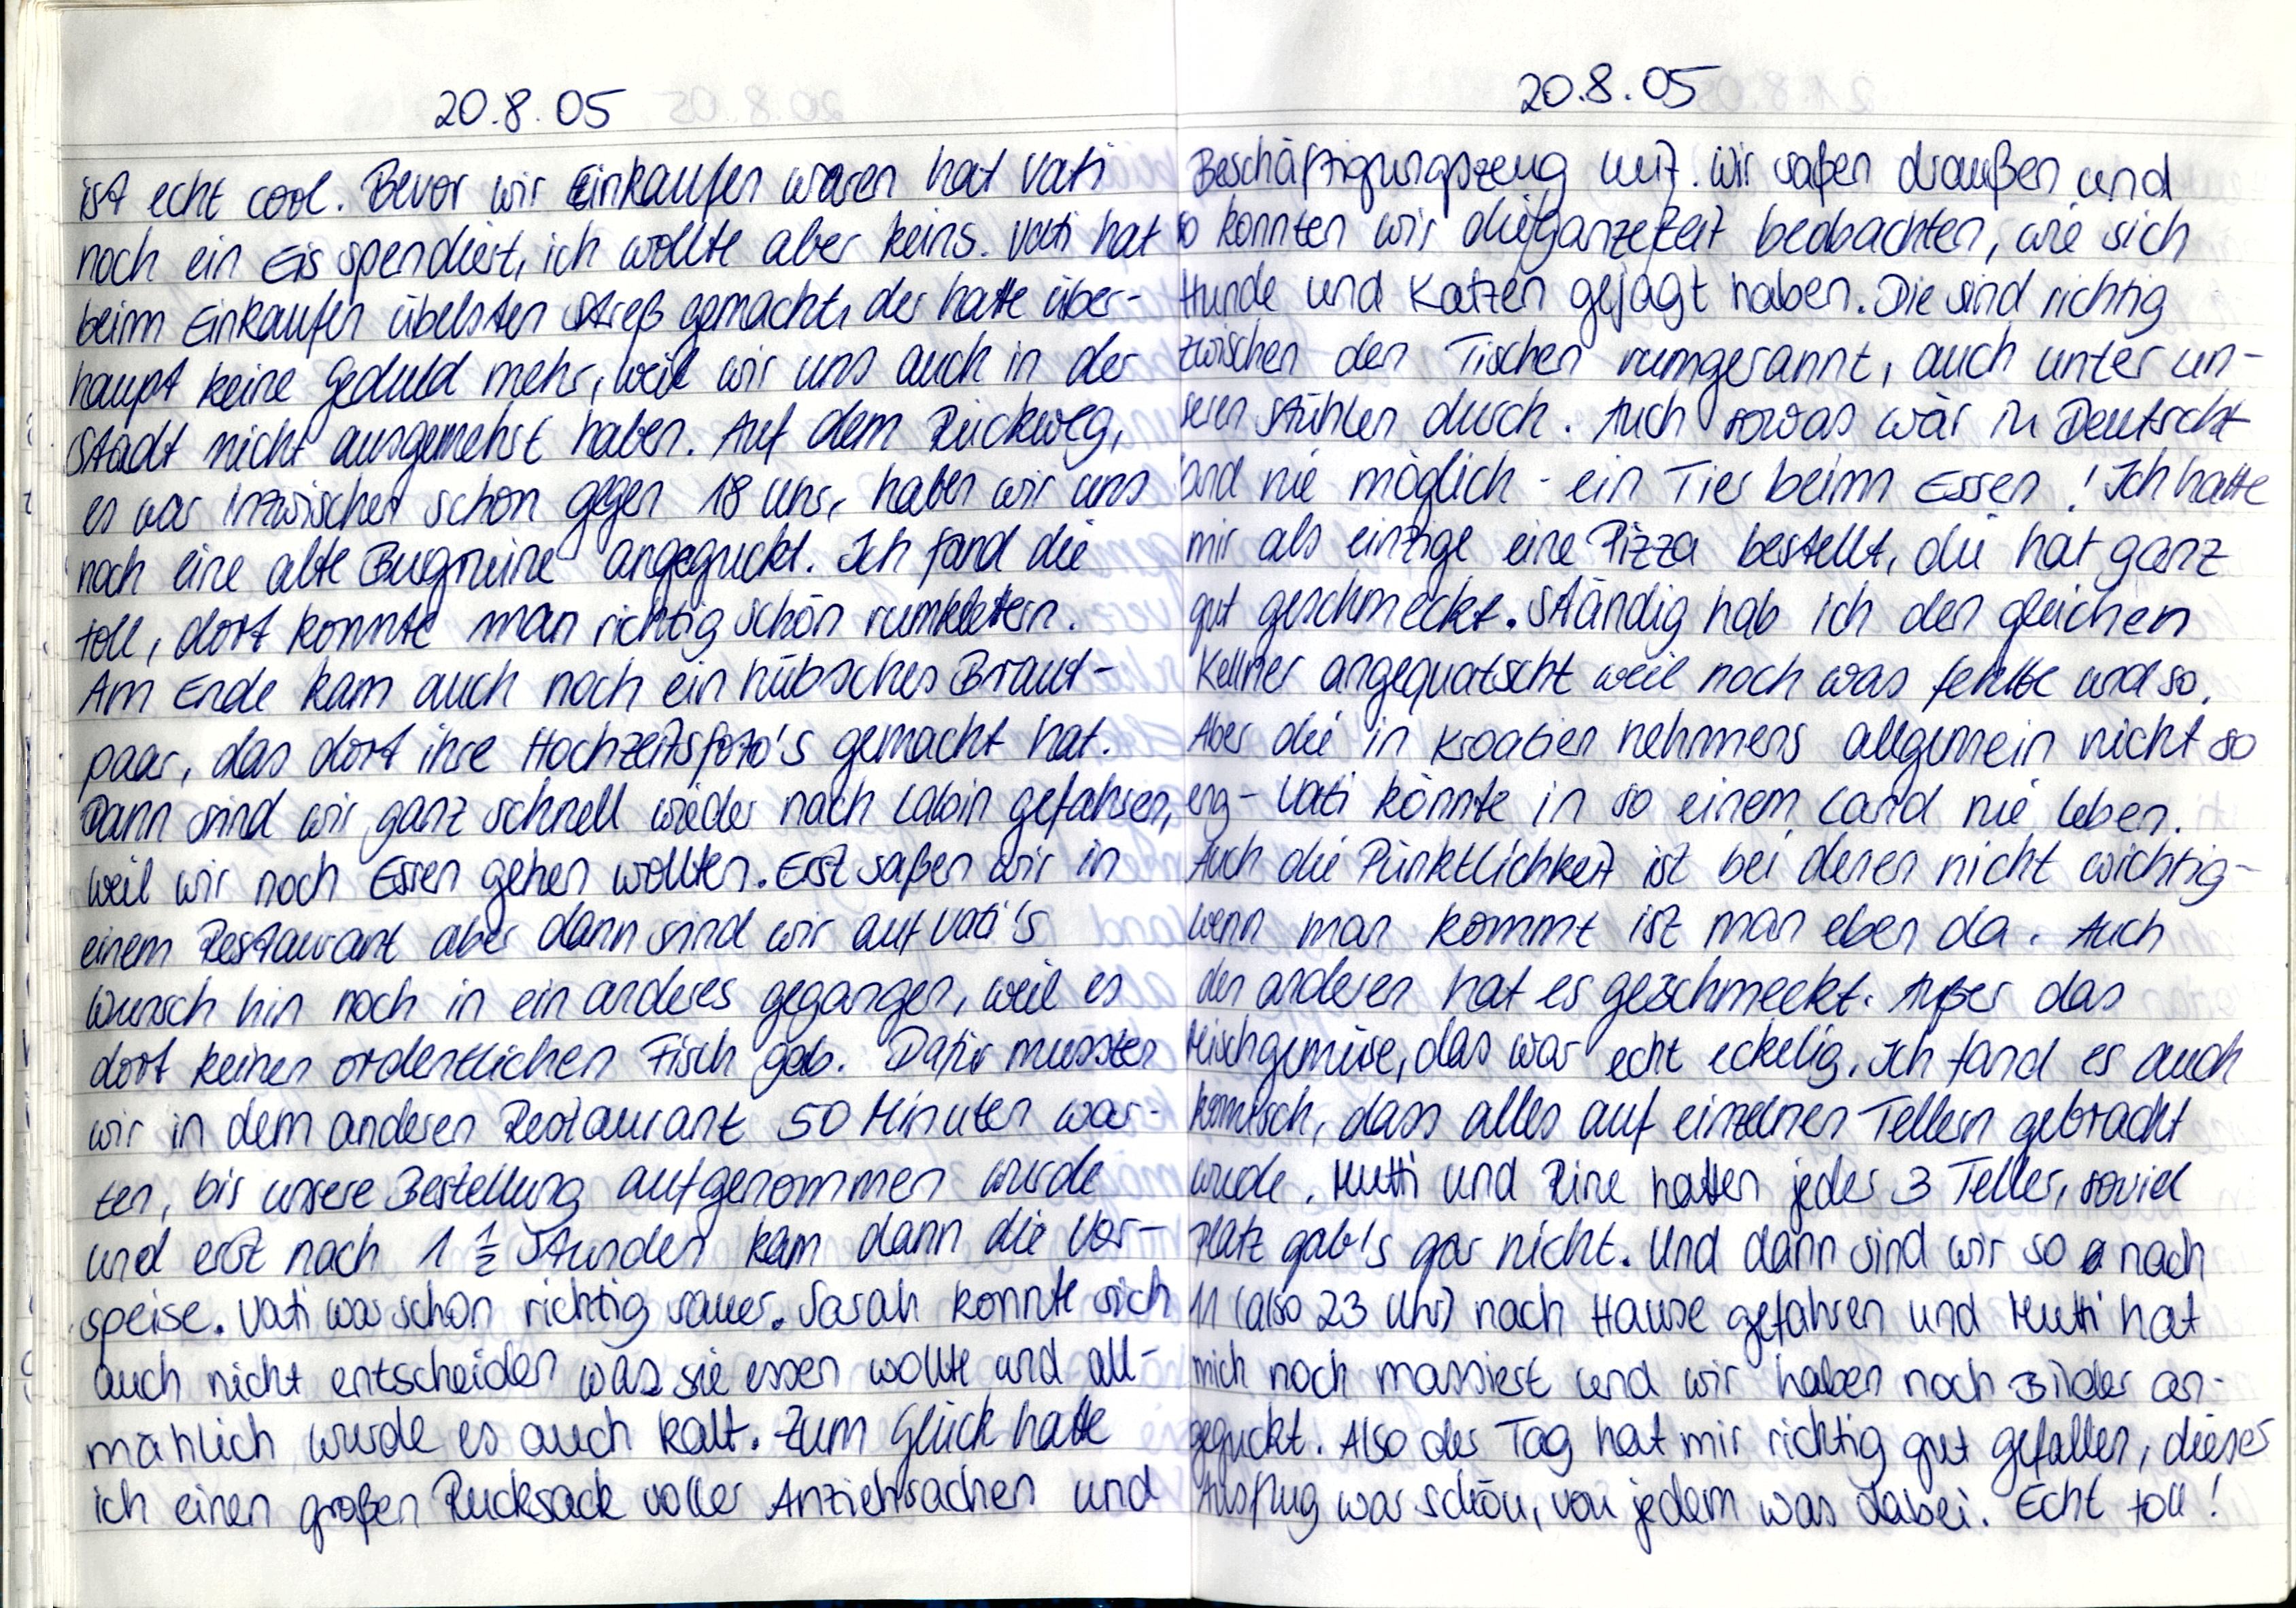
20.8.05
ist echt cool. Bevor wir Einkaufen waren hat Vati
noch ein Eis spendiert, ich wollte aber keins. Vati hat
beim Einkaufen übelsten Streß gemacht, der hatte über-
haupt keine Geduld mehr, weil wir uns auch in der
Stadt nicht ausgemehrt haben. Auf dem Rückweg,
es war inzwischen schon gegen 18 Uhr, haben wir uns
noch eine alte Burgruine angeguckt. Ich fand die
toll, dort konnte man richtig schön rumklettern.
Am Ende kam auch noch ein hübsches Braut-
paar, das dort ihre Hochzeitsfoto's gemacht hat.
Dann sind wir ganz schnell wieder nach Labin gefahren,
weil wir noch Essen gehen wollten. Erst saßen wir in
einem Restaurant aber dann sind wir auf Vati's
Wunsch hin noch in ein anderes gegangen, weil es
dort keinen ordentlichen Fisch gab. Dafür mussten
wir in dem anderen Restaurant 50 Minuten war-
ten, bis unsere Bestellung aufgenommen wurde
und erst nach 1½ Stunden kam dann die Vor-
speise. Vati war schon richtig sauer. Sarah konnte sich
auch nicht entscheiden was sie essen wollte und all-
mählich wurde es auch kalt. Zum Glück hatte
ich einen großen Rucksack voller Anziehsachen und

20.8.05
Beschäftigungszeug mit. Wir saßen draußen und
so konnten wir die/ganze/Zeit beobachten, wie sich
Hunde und Katzen gejagt haben. Die sind richtig
zwischen den Tischen rumgerannt, auch unter un-
seren Stühlen durch. Auch sowas wär in Deutschl-
and nie möglich - ein Tier beim Essen! Ich hatte
mir als einzige eine Pizza bestellt, die hat ganz
gut geschmeckt. Ständig hab ich den gleichen
Kellner angequatscht weil noch was fehlte und so.
Aber die in Kroatien nehmens allgemein nicht so
eng - Vati könnte in so einem Land nie Leben.
Auch die Pünktlichkeit ist bei denen nicht wichtig
wenn man kommt ist man eben da. Auch
den anderen hat es geschmeckt. Außer das
Mischgemüse, das war echt eckelig. Ich fand es auch
komisch, dass alles auf einzelnen Tellen gebracht
wurde. Mutti und Rine hatten jeder 3 Teller, soviel
Platz gab's gar nicht. Und dann sind wir so nach
11 (also 23 Uhr) nach Hause gefahren und Mutti hat
mich noch massiert und wir haben noch Bilder an-
geguckt. Also der Tag hat mir richtig gut gefallen, dieser
Ausflug war schön, von jedem was dabei. Echt toll!